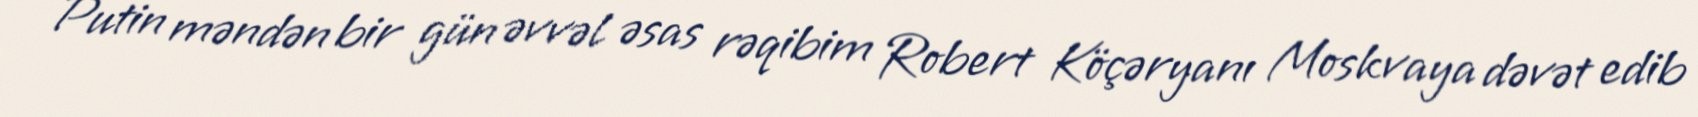
Putin məndən bir gün əvvəl əsas rəqibim Robert Köçəryanı Moskvaya dəvət edib